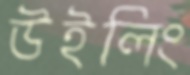
উইলিং